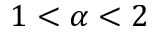
1 < \alpha < 2